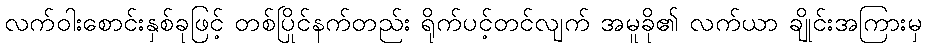
လက်ဝါးစောင်းနှစ်ခုဖြင့် တစ်ပြိုင်နက်တည်း ရိုက်ပင့်တင်လျက် အမူခို၏ လက်ယာ ချိုင်းအကြားမှ